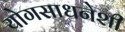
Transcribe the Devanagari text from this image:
योगसाधनेशी